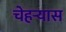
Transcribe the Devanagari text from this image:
चेहऱ्यास